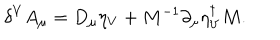
LaTeX: \delta ^ { V } A _ { \mu } = D _ { \mu } \eta _ { V } + M ^ { - 1 } \partial _ { \mu } \eta _ { V } ^ { \dagger } M .